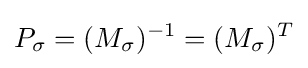
P_{\sigma }=(M_{\sigma })^{-1}=(M_{\sigma })^{T}